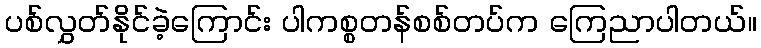
ပစ်လွှတ်နိုင်ခဲ့ကြောင်း ပါကစ္စတန်စစ်တပ်က ကြေညာပါတယ်။